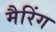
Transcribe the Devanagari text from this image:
मैरिंग